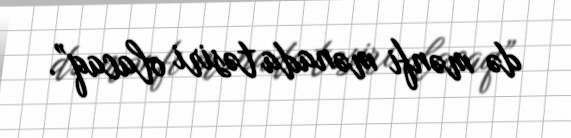
də mənfi mənada təsiri olacaq”.